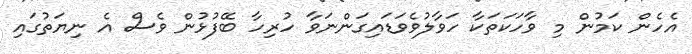
އެހެން ކަމުން މި ވާހަކަތަކާ ހަވާލުވެވަޑައިގަންނަވާ ހުރިހާ ބޭފުޅުން ވެސް އެ ނިޔަތުގައި